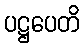
ပဋ္ဌပေတိ